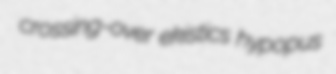
crossing-over ekistics hypopus